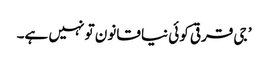
’ جی قرقی کوئی نیا قانون تو نہیں ہے۔